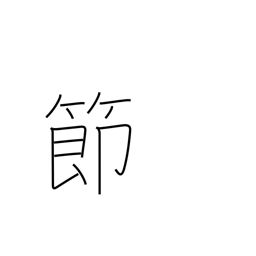
Meaning: knot